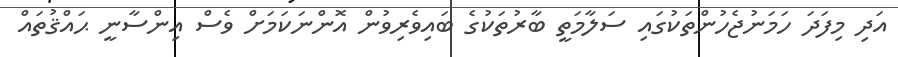
އަދި މިފަދަ ހަމަނުޖެހުންތަކުގައި ސަލާމަތީ ބާރުތަކުގެ ބައިވެރިވުން އޮންނަކަމަށް ވެސް އިންސާނީ ޙައްޤުތައް